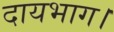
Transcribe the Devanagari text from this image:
दायभाग।